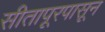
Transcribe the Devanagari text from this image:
सीतापूरपासून